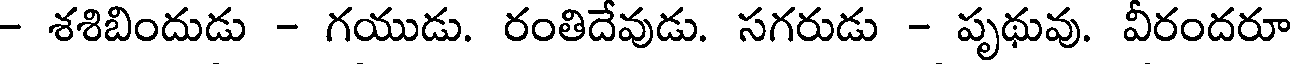
- శశిబిందుడు - గయుడు. రంతిదేవుడు. సగరుడు - పృథువు. వీరందరూ